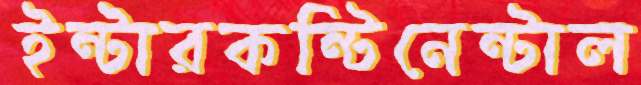
ইন্টারকন্টিনেন্টাল